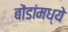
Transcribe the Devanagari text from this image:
बोंडांमध्ये